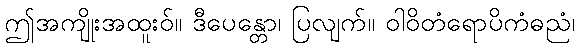
ဤအကျိုးအထူးဝ်။ ဒီပေန္တော၊ ပြလျက်။ ဝါဝိတံရောပိကံဓညံ၊